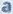
a